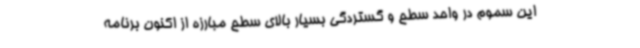
این سموم در واحد سطح و گستردگی بسیار بالای سطح مبارزه از اکنون برنامه